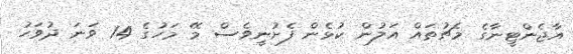
އާޖެންޓީނާގެ މެޗުތައް އަލުން ކުޅެން ފެށުނީވެސް މޭ މަހުގެ 14 ވަނަ ދުވަހު